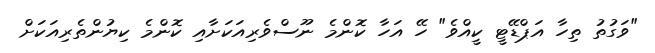
"ވަގުތު ތިހާ އަޕްޑޭޓީ ކީއްވެ" ހޭ އަހާ ކޮންމެ ނޫސްވެރިއަކަށާއި ކޮންމެ ކިޔުންތެރިއަކަށް